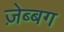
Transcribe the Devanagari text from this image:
ज़ेब्बग